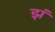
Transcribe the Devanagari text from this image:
झं